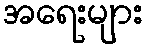
အရေးများ